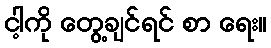
ငါ့ကို တွေ့ချင်ရင် စာ ရေး။